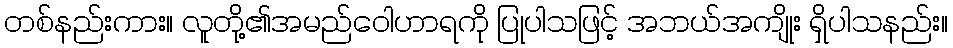
တစ်နည်းကား။ လူတို့၏အမည်ဝေါဟာရကို ပြုပါသဖြင့် အဘယ်အကျိုး ရှိပါသနည်း။